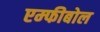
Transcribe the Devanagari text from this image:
एम्फीबोल